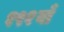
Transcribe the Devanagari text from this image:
१९१वाँ